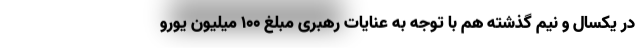
در یکسال و نیم گذشته هم با توجه به عنایات رهبری مبلغ ۱۰۰ میلیون یورو